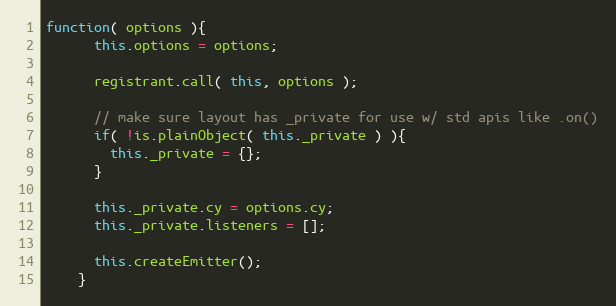
Language: JavaScript
function( options ){
      this.options = options;

      registrant.call( this, options );

      // make sure layout has _private for use w/ std apis like .on()
      if( !is.plainObject( this._private ) ){
        this._private = {};
      }

      this._private.cy = options.cy;
      this._private.listeners = [];

      this.createEmitter();
    }